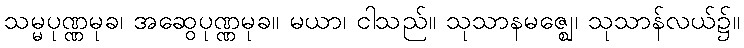
သမ္မပုဏ္ဏမုခ၊ အဆွေပုဏ္ဏမုခ။ မယာ၊ ငါသည်။ သုသာနမဇ္ဈေ၊ သုသာန်လယ်၌။